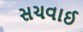
સચવાઈ